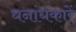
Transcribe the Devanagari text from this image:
घनांधकारें